Civil Veterinary Dept. Bombay admin report 1893-99 - 1893-1899
Year: 1893
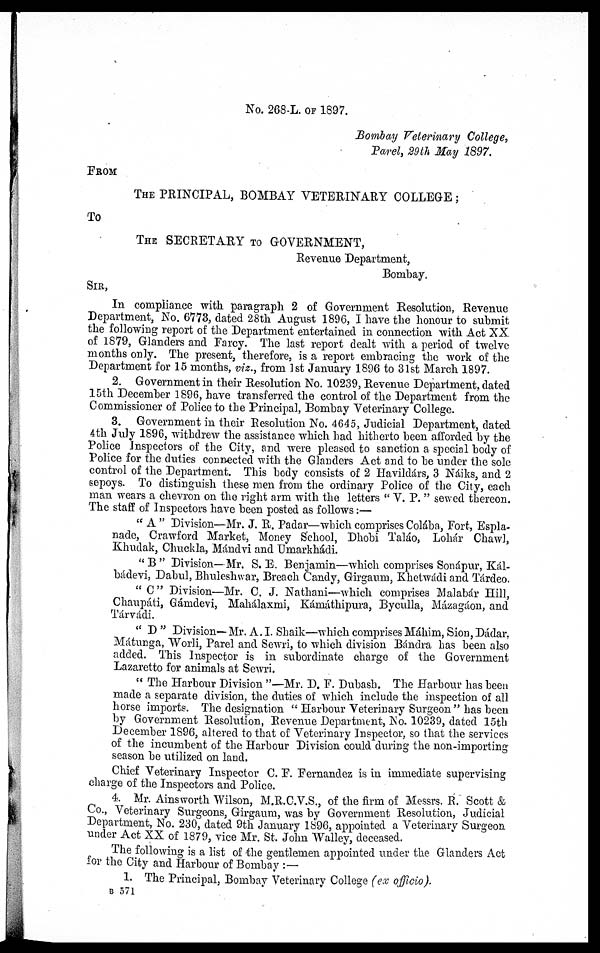
No. 268-L. OF 1897.
Bombay Veterinary College,
Parel, 29th May 1897.
FROM
THE PRINCIPAL, BOMBAY VETERINARY COLLEGE;
To
THE SECRETARY TO GOVERNMENT,
Revenue Department,
Bombay.
SIR,
In compliance with paragraph 2 of Government Resolution, Revenue
Department, No. 6773, dated 28th August 1896, I have the honour to submit
the following report of the Department entertained in connection with Act XX
of 1879, Glanders and Farcy. The last report dealt with a period of twelve
months only. The present, therefore, is a report embracing the work of the
Department for 15 months, viz., from 1st January 1896 to 31st March 1897.
2. Government in their Resolution No. 10239, Revenue Department, dated
15th December 1896, have transferred the control of the Department from the
Commissioner of Police to the Principal, Bombay Veterinary College.
3. Government in their Resolution No. 4645, Judicial Department, dated
4th July 1896, withdrew the assistance which had hitherto been afforded by the
Police Inspectors of the City, and were pleased to sanction a special body of
Police for the duties connected with the Glanders Act and to be under the sole
control of the Department. This body consists of 2 Havildárs, 3 Náiks, and 2
sepoys. To distinguish these men from the ordinary Police of the City, each
man wears a chevron on the right arm with the letters "V. P." sewed thereon.
The staff of Inspectors have been posted as follows:—
"A" Division—Mr. J. R. Padar—which comprises Colába, Fort, Espla-
nade, Crawford Market, Money School, Dhobi Taláo, Lohár Chawl,
Khudak, Chuckla, Mándvi and Umarkhádi.
"B" Division— Mr. S. E. Benjamin—which comprises Sonápur, Kál-
bádevi, Dabul, Bhuleshwar, Breach Candy, Girgaum, Khetwádi and Tárdeo.
"C" Division—Mr. C. J. Nathani—which comprises Malabár Hill,
Chaupáti, Gámdevi, Mahálaxmi, Kámáthipura, Byculla, Mázagáon, and
Tárvádi.
"D" Division— Mr. A. I. Shaik—which comprises Máhim, Sion, Dádar,
Mátunga, Worli, Parel and Sewri, to which division Bándra has been also
added. This Inspector is in subordinate charge of the Government
Lazaretto for animals at Sewri.
"The Harbour Division"—Mr. D. F. Dubash. The Harbour has been
made a separate division, the duties of which include the inspection of all
horse imports. The designation "Harbour Veterinary Surgeon" has been
by Government Resolution, Revenue Department, No. 10239, dated 15th
December 1896, altered to that of Veterinary Inspector, so that the services
of the incumbent of the Harbour Division could during the non-importing
season be utilized on land.
Chief Veterinary Inspector C. F. Fernandez is in immediate supervising
charge of the Inspectors and Police.
4. Mr. Ainsworth Wilson, M.R.C.V.S., of the firm of Messrs. R. Scott &
Co., Veterinary Surgeons, Girgaum, was by Government Resolution, Judicial
Department, No. 230, dated 9th January 1896, appointed a Veterinary Surgeon
under Act XX of 1879, vice Mr. St. John Walley, deceased.
The following is a list of the gentlemen appointed under the Glanders Act
for the City and Harbour of Bombay:—
1. The Principal, Bombay Veterinary College (ex officio).
B 571